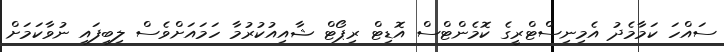
ސައްހަ ކަމާމެދު އެމިނިސްޓްރީގެ ކޮމެންޓްސް އޮޑިޓް ރިޕޯޓް ޝާއިއުކުރުމާ ހަމައަށްވެސް ލިބިފައި ނުވާކަމަށް